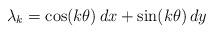
LaTeX: \begin{align*}\lambda_k = \cos(k\theta)\, dx + \sin(k\theta)\, dy\end{align*}